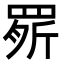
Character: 𦋒